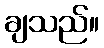
ချသည်။